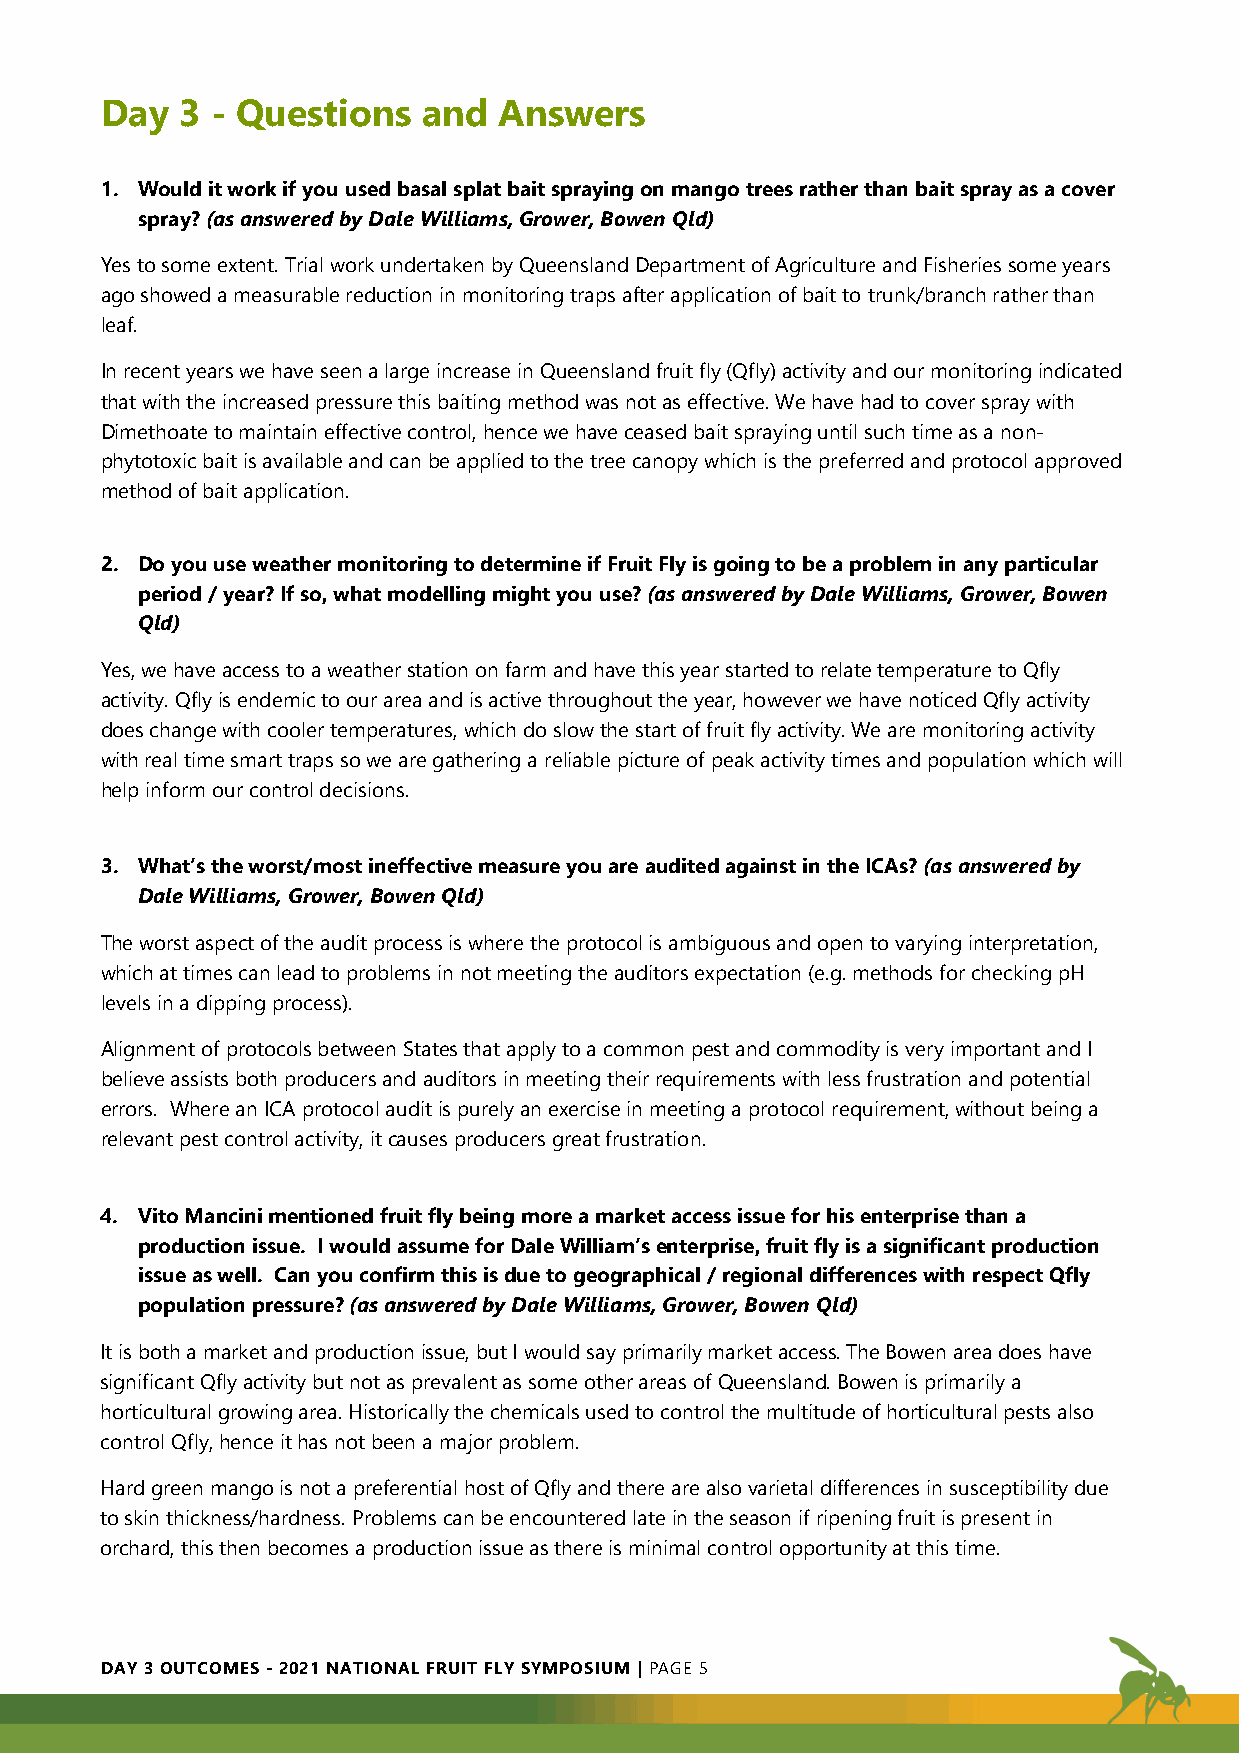
Day  3 - Questions   and  Answers
 1. Would it work if you used basal splat bait spraying on mango trees rather than bait spray as a cover
 spray? (as answered by Dale Williams, Grower, Bowen Qld)
 Yes to some extent. Trial work undertaken by Queensland Department of Agriculture and Fisheries some years
 ago showed a measurable reduction in monitoring traps after application of bait to trunk/branch rather than
 leaf.
 In recent years we have seen a large increase in Queensland fruit fly (Qfly) activity and our monitoring indicated
 that with the increased pressure this baiting method was not as effective. We have had to cover spray with
 Dimethoate to maintain effective control, hence we have ceased bait spraying until such time as a non-
 phytotoxic bait is available and can be applied to the tree canopy which is the preferred and protocol approved
 method of bait application.
 2. Do you use weather monitoring to determine if Fruit Fly is going to be a problem in any particular
 period / year? If so, what modelling might you use? (as answered by Dale Williams, Grower, Bowen
 Qld)
 Yes, we have access to a weather station on farm and have this year started to relate temperature to Qfly
 activity. Qfly is endemic to our area and is active throughout the year, however we have noticed Qfly activity
 does change with cooler temperatures, which do slow the start of fruit fly activity. We are monitoring activity
 with real time smart traps so we are gathering a reliable picture of peak activity times and population which will
 help inform our control decisions.
 3. What’s the worst/most ineffective measure you are audited against in the ICAs? (as answered by
 Dale Williams, Grower, Bowen Qld)
 The worst aspect of the audit process is where the protocol is ambiguous and open to varying interpretation,
 which at times can lead to problems in not meeting the auditors expectation (e.g. methods for checking pH
 levels in a dipping process).
 Alignment of protocols between States that apply to a common pest and commodity is very important and I
 believe assists both producers and auditors in meeting their requirements with less frustration and potential
 errors. Where an ICA protocol audit is purely an exercise in meeting a protocol requirement, without being a
 relevant pest control activity, it causes producers great frustration.
 4. Vito Mancini mentioned fruit fly being more a market access issue for his enterprise than a
 production issue. I would assume for Dale William’s enterprise, fruit fly is a significant production
 issue as well. Can you confirm this is due to geographical / regional differences with respect Qfly
 population pressure? (as answered by Dale Williams, Grower, Bowen Qld)
 It is both a market and production issue, but I would say primarily market access. The Bowen area does have
 significant Qfly activity but not as prevalent as some other areas of Queensland. Bowen is primarily a
 horticultural growing area. Historically the chemicals used to control the multitude of horticultural pests also
 control Qfly, hence it has not been a major problem.
 Hard green mango is not a preferential host of Qfly and there are also varietal differences in susceptibility due
 to skin thickness/hardness. Problems can be encountered late in the season if ripening fruit is present in
 orchard, this then becomes a production issue as there is minimal control opportunity at this time.
 DAY 3 OUTCOMES - 2021 NATIONAL FRUIT FLY SYMPOSIUM | PAGE 5